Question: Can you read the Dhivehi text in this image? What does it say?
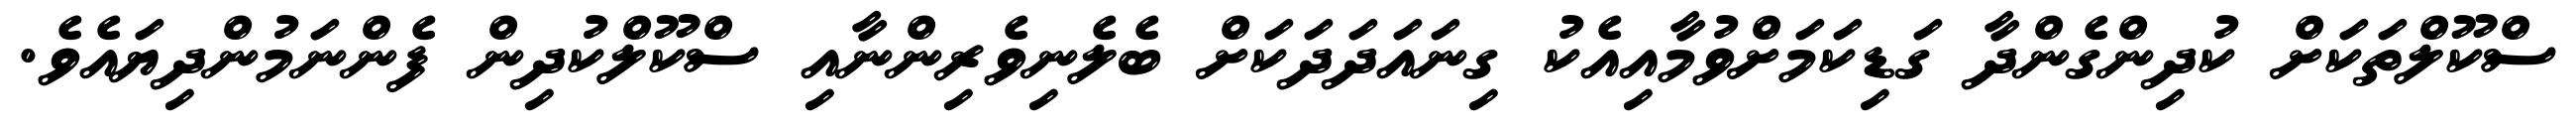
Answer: ސްކޫލްތަކަށް ކުދިންގެންދާ ގަޑިކަމަށްވުމާއިއެކު ގިނައަދަދަކަށް ބެލެނިވެރިންނާއި ސްކޫލްކުދިން ފެންނަމުންދިޔައެވެ.